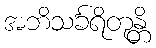
အဘိသင်္ခရိတုန္တိ